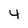
Character: 4